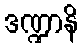
ဒဏ္ဍာနိ